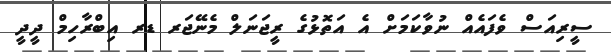
ސީރިއަސް ވެފައެއް ނުވާކަމަށް އެ އަތޮޅުގެ ރީޖަނަލް މެނޭޖަރ ޑރ އިބްރާހިމް ދީދީ